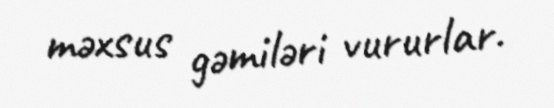
məxsus gəmiləri vururlar.